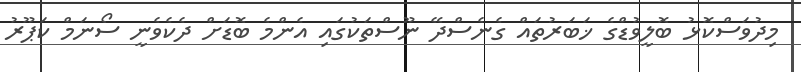
މިދުވަސްކޮޅު ބޮލީވުޑްގެ ޚަބަރުތައް ގެނެސްދޭ ނޫސްތަކުގައި އެންމެ ބޮޑަށް ދެކެވެނީ ސޯނަމް ކަޕޫރު